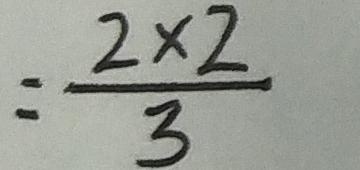
= \frac { 2 \times 2 } { 3 }